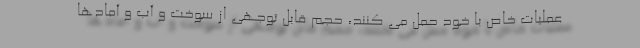
عملیات خاص با خود حمل می کنند، حجم قابل توجهی از سوخت و آب و آمادها